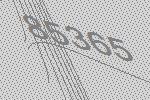
85365